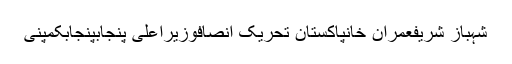
شہباز شریفعمران خانپاکستان تحریک انصافوزیراعلیٰ پنجابپنجابکمپنی